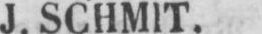
J. SCHMIT.